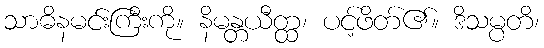
သာဓိနမင်းကြီးကို။ နိမန္တယီတ္ထ၊ ပင့်ဖိတ်၏။ ဒိသမ္ပတိ၊